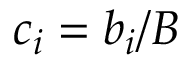
c _ { i } = b _ { i } / B